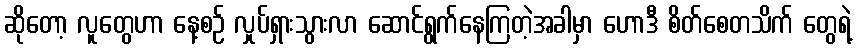
ဆိုတော့ လူတွေဟာ နေ့စဉ် လှုပ်ရှားသွားလာ ဆောင်ရွက်နေကြတဲ့အခါမှာ ဟောဒီ စိတ်စေတသိက် တွေရဲ့